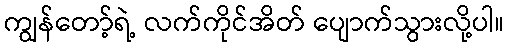
ကျွန်တော့်ရဲ့ လက်ကိုင်အိတ် ပျောက်သွားလို့ပါ။